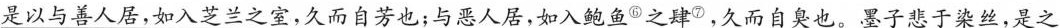
是以与善人居，如入芝兰之室，久而自芳也；与恶人居，如入鲍鱼^{⑥}之肆^{⑦}，久而自臭也。墨子悲于染丝，是之